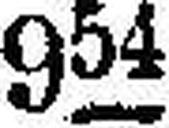
954